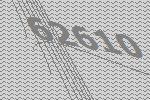
62610